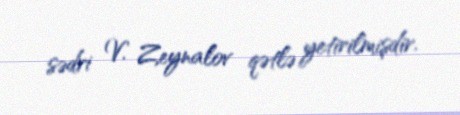
sədri V. Zeynalov qətlə yetirilmişdir.